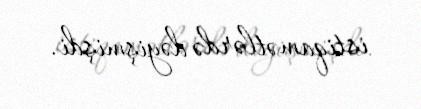
istiqamətlərdə dəyişmişdi.